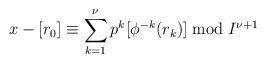
LaTeX: \begin{align*}x-[r_0]\equiv\sum_{k=1}^\nu p^k[\phi^{-k}(r_k)] \bmod I^{\nu+1} \end{align*}